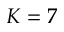
K = 7